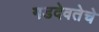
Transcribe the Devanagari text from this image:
गडदेवतेचे